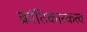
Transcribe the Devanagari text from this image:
क्रांतिकारकत्व